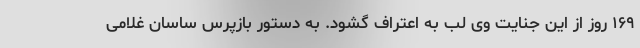
۱۶۹ روز از این جنایت وی لب به اعتراف گشود. به دستور بازپرس ساسان غلامی